Report on the working of the Ranchi Indian Mental Hospital, Kanke, in Bihar and Orissa - 1930-1940
Year: 1930
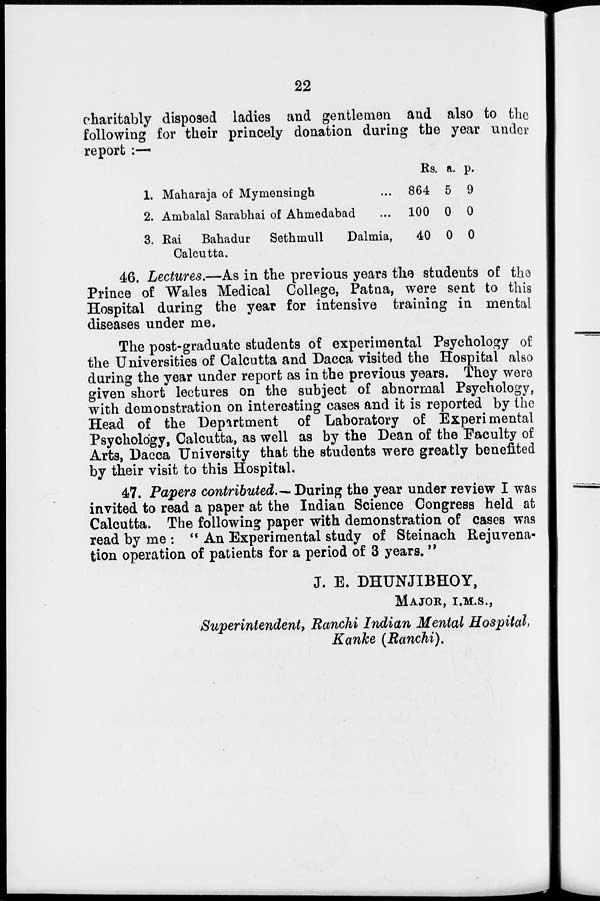
22
charitably disposed ladies and gentlemen and also to the
following for their princely donation during the year under
report :—
1.
2.
3.
Maharaja of Mymensingh ...
Ambalal Sarabhai of Ahmedabad ...
Rai Bahadur Sethmull
Dalmia,
Calcutta.
Rs.
864
100
40
a.
5
0
0
p.
9
0
0
46. Lectures.—As in the previous years the students of the
Prince of "Wales Medical College, Patna, were sent to this
Hospital during the year for intensive training in mental
diseases under me.
The post-graduate students of experimental Psychology of
the Universities of Calcutta and Dacca visited the Hospital also
during the year under report as in the previous years. They were
given short lectures on the subject of abnormal Psychology,
with demonstration on interesting cases and it is reported by the
Head of the Department of Laboratory of Experimental
Psychology, Calcutta, as well as by the Dean of the Faculty of
Arts, Dacca University that the students were greatly benefited
by their visit to this Hospital.
47. Papers contributed.— During the year under review I was
invited to read a paper at the Indian Science Congress held at
Calcutta. The following paper with demonstration of cases was
read by me : " An Experimental study of Steinach Rejuvena-
tion operation of patients for a period of 3 years."
J. E. DHUNJIBHOY,
MAJOR, I.M.S.,
Superintendent, Ranchi Indian Mental Hospital,
Kanke (Ranchi).